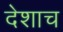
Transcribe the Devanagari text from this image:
देशाच